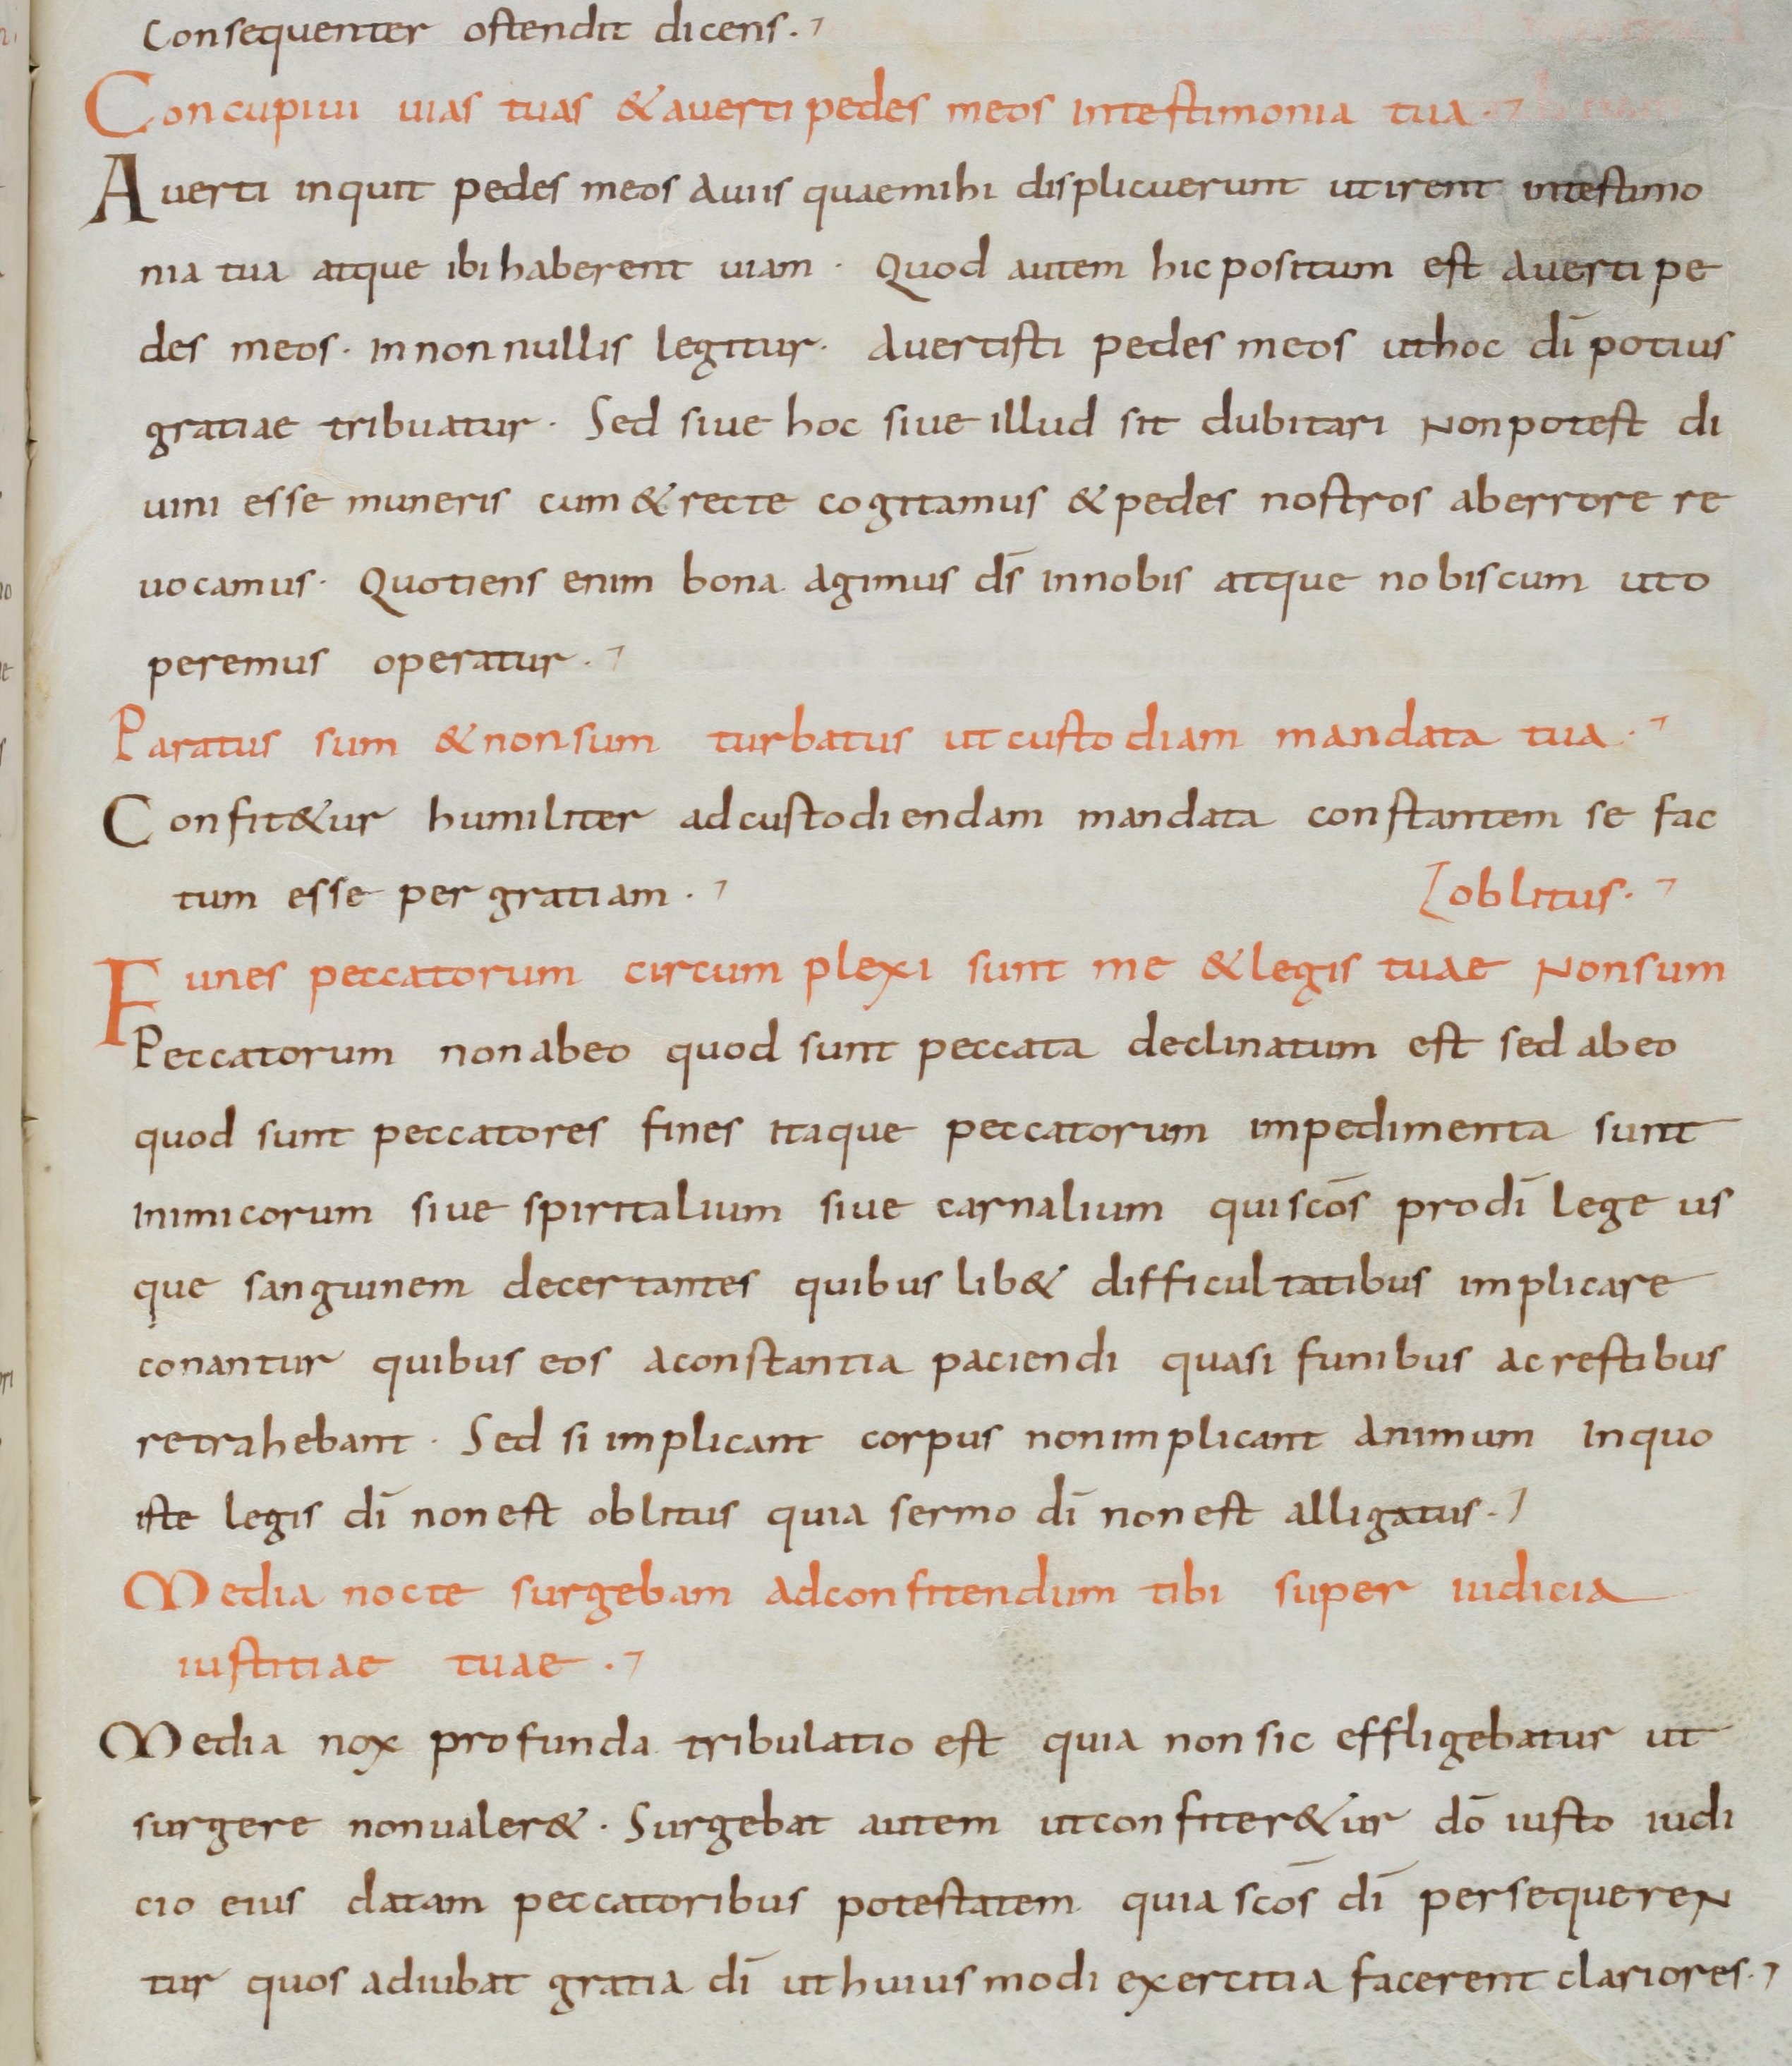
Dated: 900–1099